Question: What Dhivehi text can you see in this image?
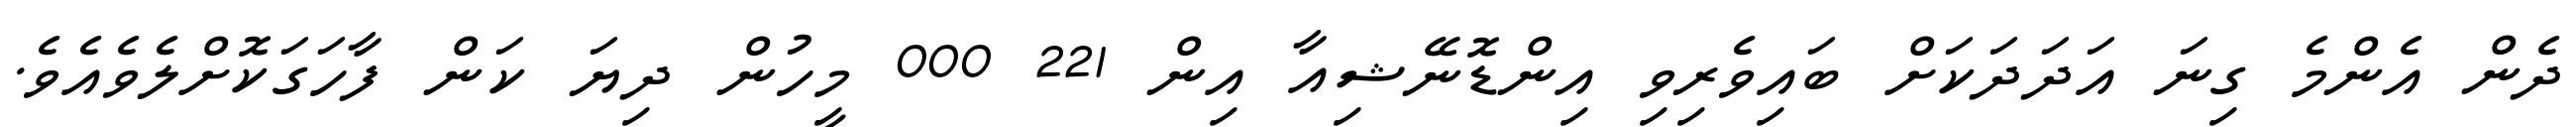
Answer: ދެން އެންމެ ގިނަ އަދަދަކަށް ބައިވެރިވި އިންޑޮނޭޝިއާ އިން 221 000 މީހުން ދިޔަ ކަން ފާހަގަކޮށްލެވެއެވެ.